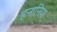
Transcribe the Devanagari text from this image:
हनानिया